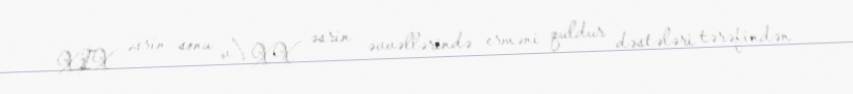
XIX əsrin sonu v\ XX əsrin əvvəllərində erməni quldur dəstələri tərəfindən